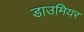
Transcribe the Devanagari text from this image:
डाउमियर